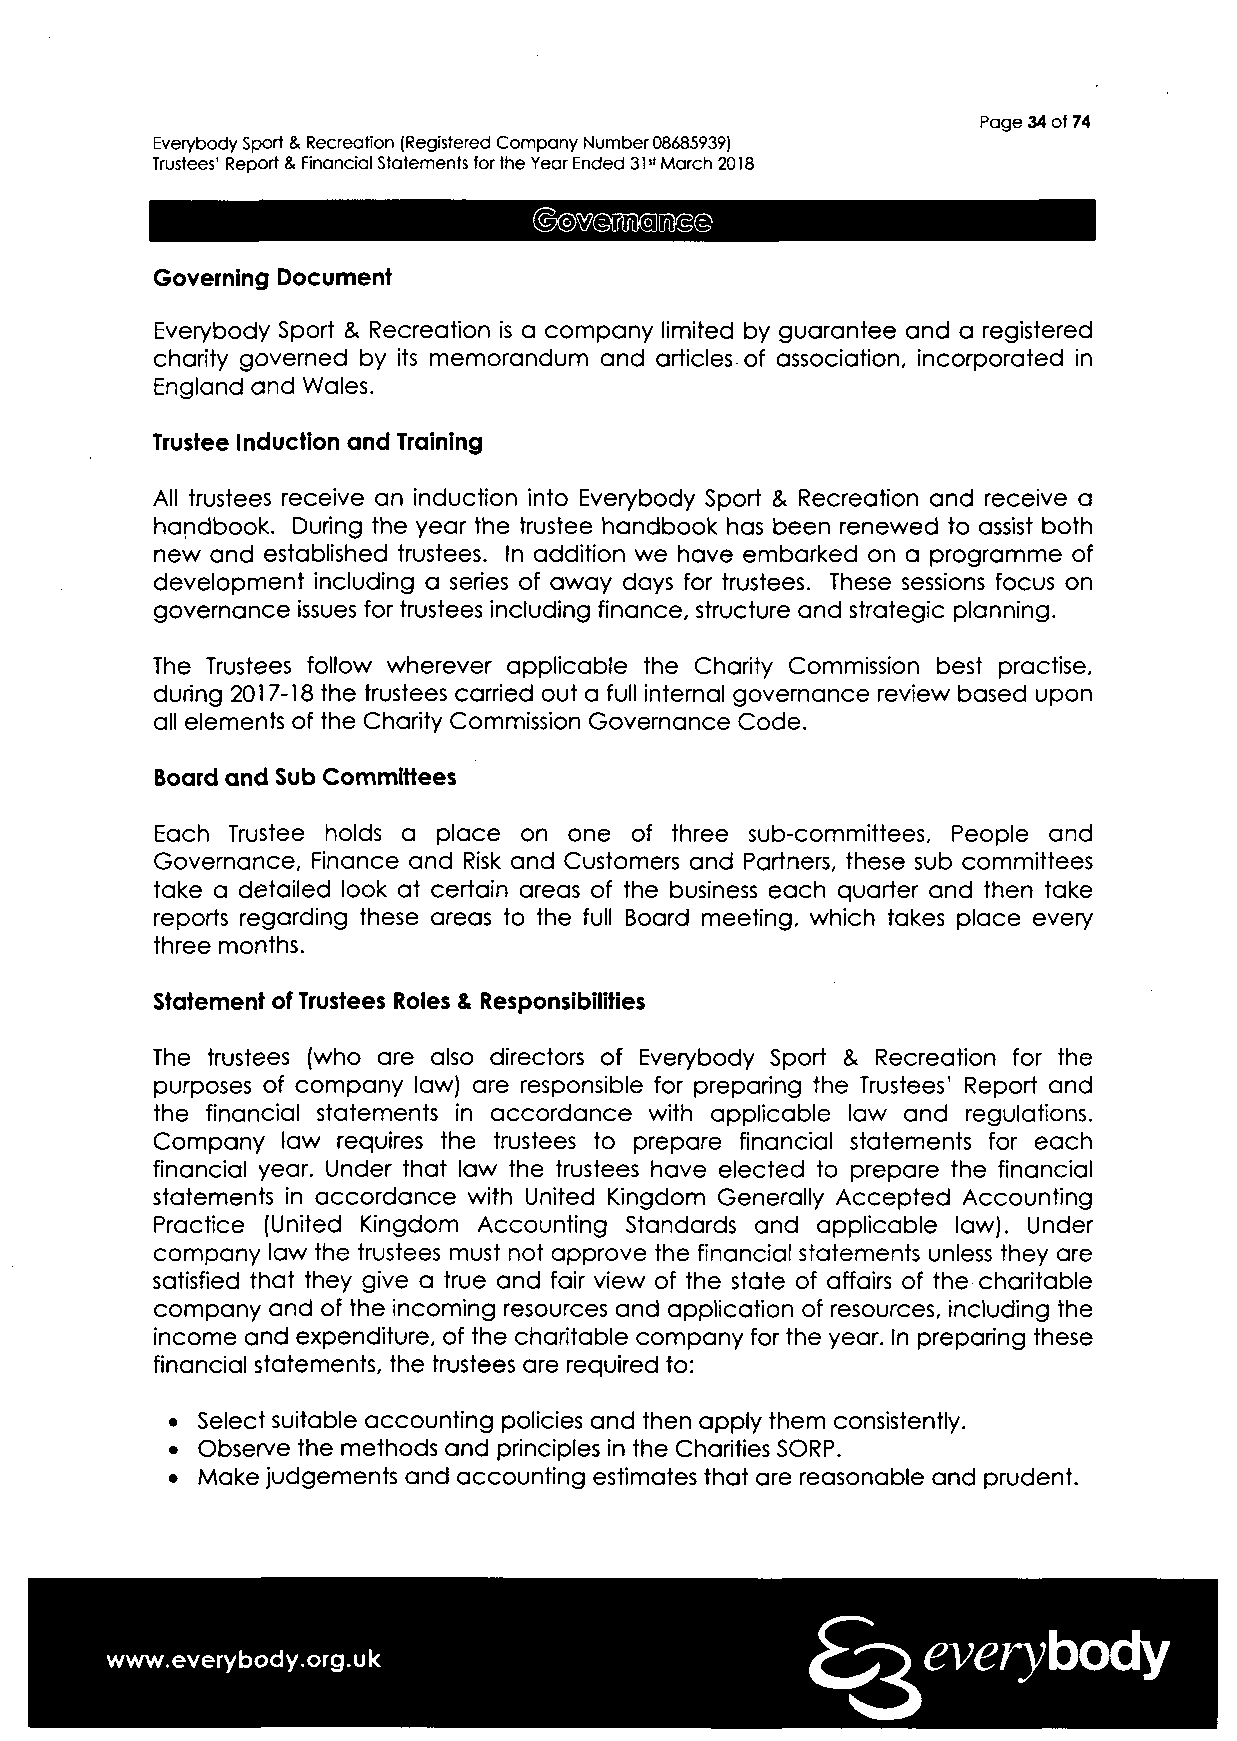
Page 34 of 74
 Everybody Sport & Recreation (Registered Company Number 08685939)
 Trustees' Report & Financial Statements for the Year Ended 31st March 2018
 Governing Document
 Everybody Sport & Recreation is a company limited by guarantee and a registered
 charity governed by its memorandum and articles of association, incorporated in
 England and Wales.
 Trustee Induction and Training
 All trustees receive an induction into Everybody Sport & Recreation and receive a
 handbook. During the year the trustee handbook has been renewed to assist both
 new and established trustees. In addition we have embarked on a programme of
 development including a series of away days for trustees. These sessions focus on
 governance issues for trustees including finance, structure and strategic planning.
 The Trustees follow wherever applicable the Charity Commission best practise,
 during 2017-18 the trustees carried out a full internal governance review based upon
 all elements of the Charity Commission Governance Code.
 Board and Sub Committees
 Each Trustee holds a place on one of three sub-committees, People and
 Governance, Finance and Risk and Customers and Partners, these sub committees
 take a detailed look at certain areas of the business each quarter and then take
 reports regarding these areas to the full Board meeting, which takes place every
 three months.
 Statement of Trustees Roles & Responsibilities
 The trustees (who are also directors of Everybody Sport & Recreation for the
 purposes of company law) are responsible for preparing the Trustees' Report and
 the financial statements in accordance with applicable law and regulations.
 Company  law requires the trustees to prepare financial statements for each
 financial year. Under that law the trustees have elected to prepare the financial
 statements in accordance with United Kingdom Generally Accepted Accounting
 Practice (United Kingdom Accounting Standards and applicable law). Under
 company law the trustees must not approve the financial statements unless they are
 satisfied that they give a true and fair view of the state of affairs of the charitable
 company and of the incoming resources and application of resources, including the
 income and expenditure, of the charitable company for the year. In preparing these
 financial statements, the trustees are required to:
 • Select suitable accounting policies and then apply them consistently.
 • Observe the methods and principles in the Charities SORP.
 • Make judgements and accounting estimates that are reasonable and prudent.
 everybody
 www.everybody.org.uk